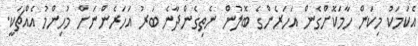
އެކަމަކު މިކަން ހާމަކޮށްގެން އަހަރެންގެ ބޮލުން ނެތިގެންދާނެ ބަރު އަހަރެންނަށް މުހިންމު އެއްޗަކީ.